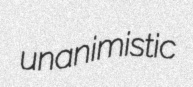
unanimistic